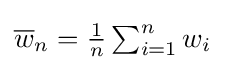
{\textstyle {\overline {w}}_{n}={\frac {1}{n}}\sum _{i=1}^{n}w_{i}}